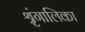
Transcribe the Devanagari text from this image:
श्रृंगालिका